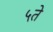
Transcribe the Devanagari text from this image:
५ते